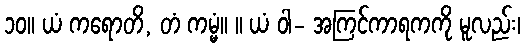
၁၀။ ယံ ကရောတိ, တံ ကမ္မံ။ ။ ယံ ဝါ- အကြင်ကာရကကို မူလည်း၊